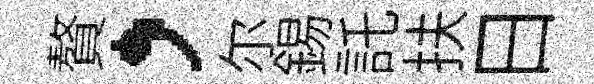
贅，尓錫託扶日